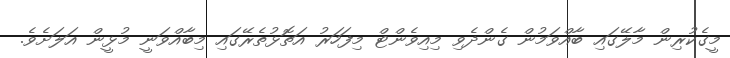
މީގެކުރިން މާލޭގައި ބާއްވަމުން ގެންދެވި މިއިވެންޓް މިފަހަރު އަތޮޅުތެރޭގައި މިބާއްވަނީ މުޅީން އަލަށެވެ.